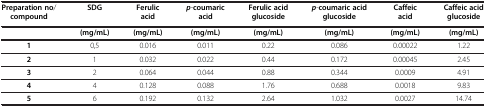
| Preparation no/compound | SDG | Ferulic acid | p-coumaric acid | Ferulic acid glucoside | p-coumaric acid glucoside | Caffeic acid | Caffeic acid glucoside |
 | --- | --- | --- | --- | --- | --- | --- | --- |
 |  | (mg/mL) | (mg/mL) | (mg/mL) | (mg/mL) | (mg/mL) | (mg/mL) | (mg/mL) |
 | 1 | 0,5 | 0.016 | 0.011 | 0.22 | 0.086 | 0.00022 | 1.22 |
 | 2 | 1 | 0.032 | 0.022 | 0.44 | 0.172 | 0.00045 | 2.45 |
 | 3 | 2 | 0.064 | 0.044 | 0.88 | 0.344 | 0.0009 | 4.91 |
 | 4 | 4 | 0.128 | 0.088 | 1.76 | 0.688 | 0.0018 | 9.83 |
 | 5 | 6 | 0.192 | 0.132 | 2.64 | 1.032 | 0.0027 | 14.74 |